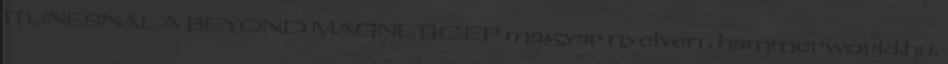
ITUNESNÁL A BEYOND MAGNETIC EP magyar nyelven . hammerworld.hu.